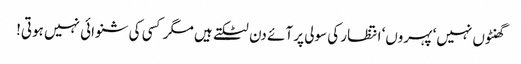
گھنٹوں نہیں‘ پہروں‘ انتظار کی سولی پر آئے دن لٹکتے ہیں مگر کسی کی شنوائی نہیں ہوتی!